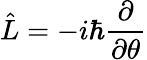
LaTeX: {\hat{L}}=-i\hbar{\frac{\partial}{\partial\theta}}